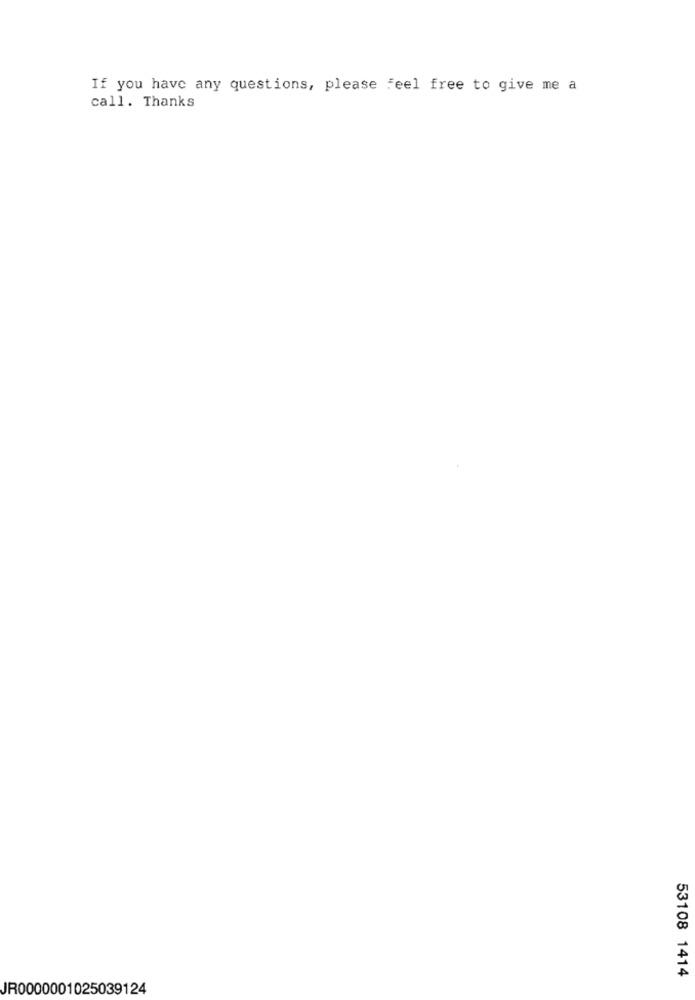
If you have any questions, please feel free to give me a
call. Thanks
53108 1414
JR0000001025039124